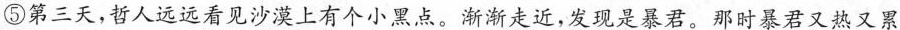
⑤第三天，哲人远远看见沙漠上有个小黑点。渐渐走近，发现是暴君。那时暴君又热又累